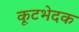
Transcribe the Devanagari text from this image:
कूटभेदक